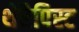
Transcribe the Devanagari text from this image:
थेरैपिस्ट